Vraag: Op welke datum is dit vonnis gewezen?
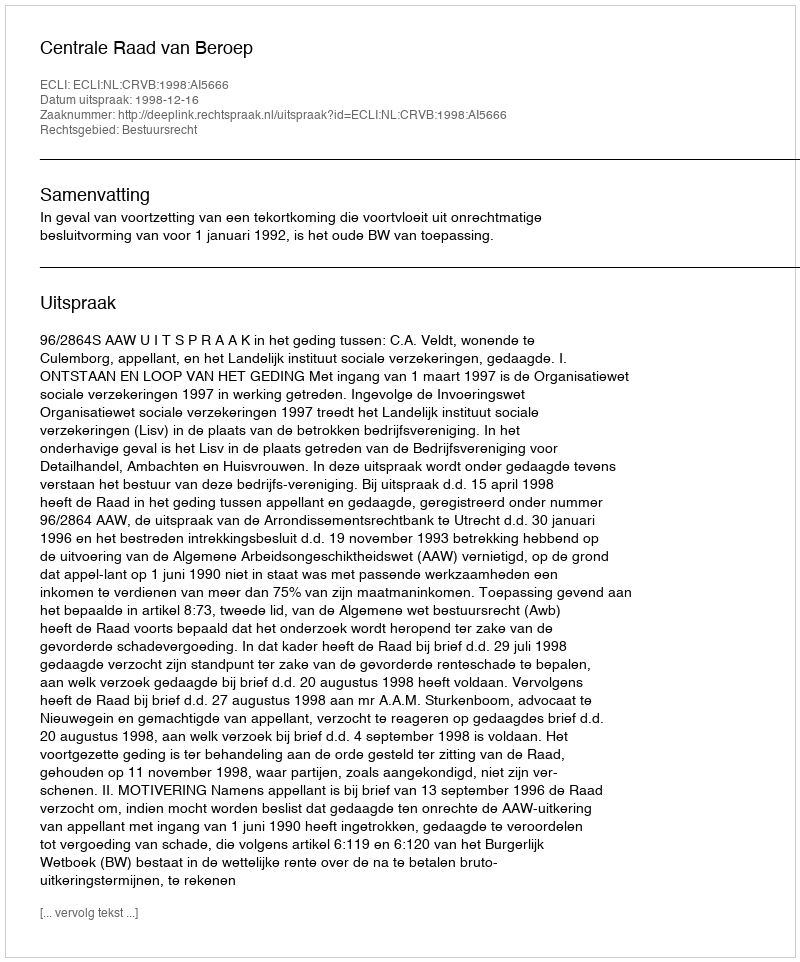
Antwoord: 1998-12-16